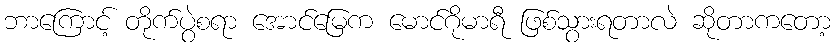
ဘာကြောင့် တိုက်ပွဲစရာ အောင်မြေက မောင်ဂိုမာရီ ဖြစ်သွားရတာလဲ ဆိုတာကတော့